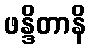
ဖန္ဒိတာနိ